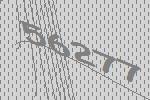
56277